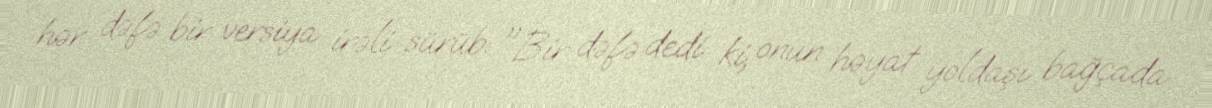
hər dəfə bir versiya irəli sürüb: "Bir dəfə dedi ki, onun həyat yoldaşı bağçada